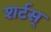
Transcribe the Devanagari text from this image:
शर्टस्